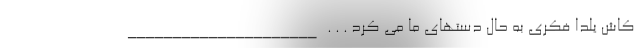
کاش یلدا فکری به حال دستهای ما می کرد . . . _____________________